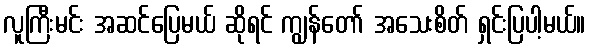
လူကြီးမင်း အဆင်ပြေမယ် ဆိုရင် ကျွန်တော် အသေးစိတ် ရှင်းပြပါ့မယ်။